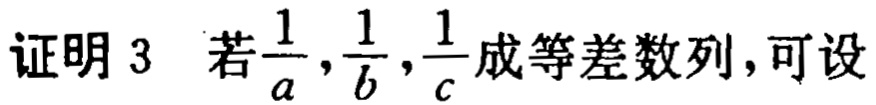
证明3 若$\frac{1}{a},\frac{1}{b},\frac{1}{c}$成等差数列,可设